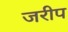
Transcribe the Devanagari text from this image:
जरीप